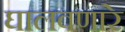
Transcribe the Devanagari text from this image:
घालवणारे